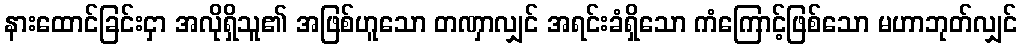
နားထောင်ခြင်းငှာ အလိုရှိသူ၏ အဖြစ်ဟူသော တဏှာလျှင် အရင်းခံရှိသော ကံကြောင့်ဖြစ်သော မဟာဘုတ်လျှင်